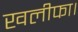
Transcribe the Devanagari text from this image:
खलीफा।